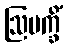
ဩမက္ခိံ